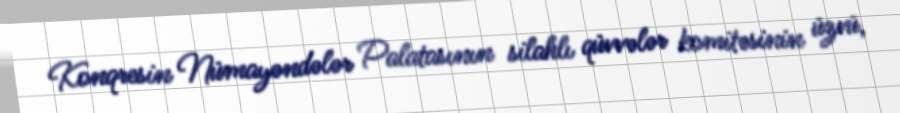
Konqresin Nümayəndələr Palatasının silahlı qüvvələr komitəsinin üzvü,